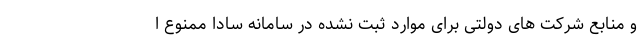
و منابع شرکت های دولتی برای موارد ثبت نشده در سامانه سادا ممنوع ا